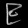
Digit: ၉